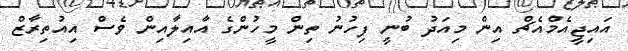
އައިޖީއެމްއެޗް އިން މިއަދު ބުނީ ފިހުނު ތިން މީހުންގެ އާއިލާއިން ވެސް އިއުތިރާޒް